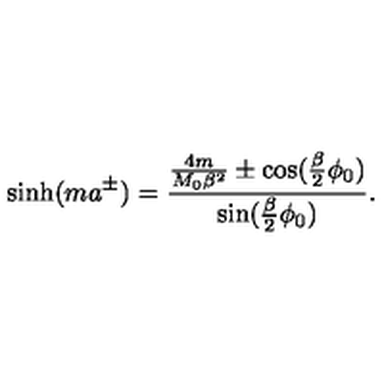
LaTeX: \sinh ( m a ^ { \pm } ) = \frac { \frac { 4 m } { M _ { 0 } \beta ^ { 2 } } \pm \cos ( \frac { \beta } { 2 } \phi _ { 0 } ) } { \sin ( \frac { \beta } { 2 } \phi _ { 0 } ) } .